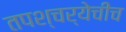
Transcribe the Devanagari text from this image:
तपश्चर्येचीच